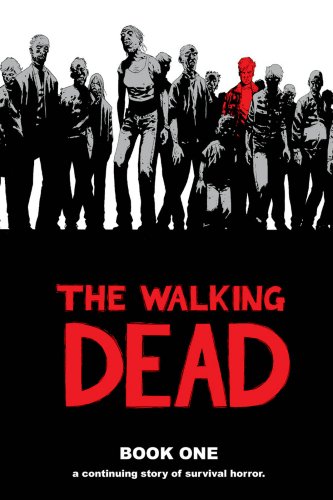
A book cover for The Walking Dead: A Continuing Story of Survival Horror, Book 1; Robert Kirkman; Comics & Graphic Novels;